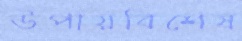
উপায়বিশেষ